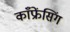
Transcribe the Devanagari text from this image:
काँफ्रेंसिंग